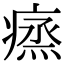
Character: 𤸲